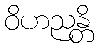
ဝိဟညန္တိ